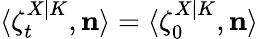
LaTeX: \langle\zeta_{t}^{X|K},\mathbf{n}\rangle=\langle\zeta_{0}^{X|K},\mathbf{n}\rangle